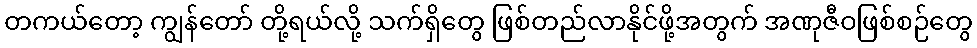
တကယ်တော့ ကျွန်တော် တို့ရယ်လို့ သက်ရှိတွေ ဖြစ်တည်လာနိုင်ဖို့အတွက် အဏုဇီဝဖြစ်စဉ်တွေ